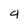
Character: 4